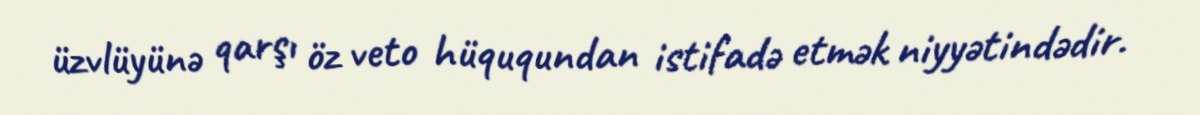
üzvlüyünə qarşı öz veto hüququndan istifadə etmək niyyətindədir.